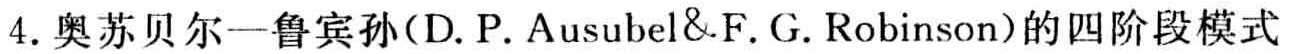
4. 奥苏贝尔—鲁宾孙(D. P. Ausubel&F. G. Robinson)的四阶段模式